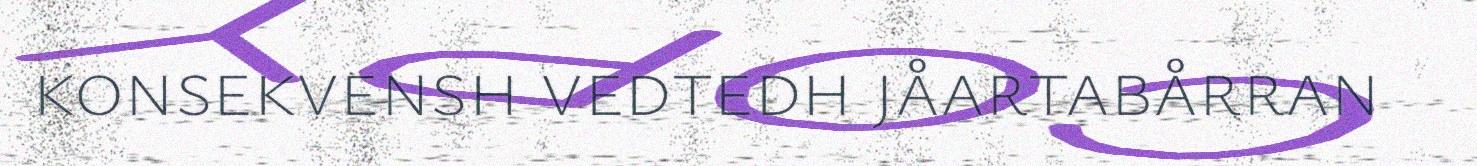
konsekvensh vedtedh jåartabårran